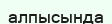
алпысында